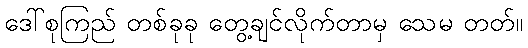
ဒေါ်စုကြည် တစ်ခုခု တွေ့ချင်လိုက်တာမှ သေမ တတ်။